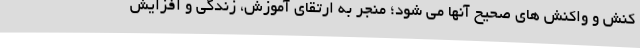
کنش و واکنش های صحیح آنها می شود؛ منجر به ارتقای آموزش، زندگی و افزایش